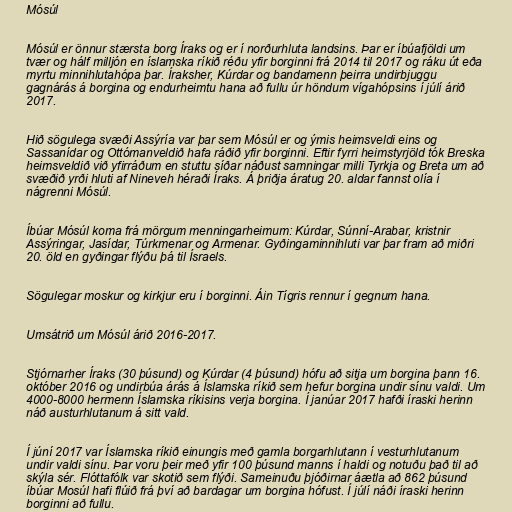
Mósúl

Mósúl er önnur stærsta borg Íraks og er í norðurhluta landsins. Þar er íbúafjöldi um
tvær og hálf milljón en íslamska ríkið réðu yfir borginni frá 2014 til 2017 og ráku út eða
myrtu minnihlutahópa þar. Íraksher, Kúrdar og bandamenn þeirra undirbjuggu
gagnárás á borgina og endurheimtu hana að fullu úr höndum vígahópsins í júlí árið
2017.

Hið sögulega svæði Assýría var þar sem Mósúl er og ýmis heimsveldi eins og
Sassanídar og Ottómanveldið hafa ráðið yfir borginni. Eftir fyrri heimstyrjöld tók Breska
heimsveldið við yfirráðum en stuttu síðar náðust samningar milli Tyrkja og Breta um að
svæðið yrði hluti af Nineveh héraði Íraks. Á þriðja áratug 20. aldar fannst olía í
nágrenni Mósúl.

Íbúar Mósúl koma frá mörgum menningarheimum: Kúrdar, Súnní-Arabar, kristnir
Assýringar, Jasídar, Túrkmenar og Armenar. Gyðingaminnihluti var þar fram að miðri
20. öld en gyðingar flýðu þá til Ísraels.

Sögulegar moskur og kirkjur eru í borginni. Áin Tígris rennur í gegnum hana.

Umsátrið um Mósúl árið 2016-2017.

Stjórnarher Íraks (30 þúsund) og Kúrdar (4 þúsund) hófu að sitja um borgina þann 16.
október 2016 og undirbúa árás á Íslamska ríkið sem hefur borgina undir sínu valdi. Um
4000-8000 hermenn Íslamska ríkisins verja borgina. Í janúar 2017 hafði íraski herinn
náð austurhlutanum á sitt vald.

Í júní 2017 var Íslamska ríkið einungis með gamla borgarhlutann í vesturhlutanum
undir valdi sínu. Þar voru þeir með yfir 100 þúsund manns í haldi og notuðu það til að
skýla sér. Flóttafólk var skotið sem flýði. Sameinuðu þjóðirnar áætla að 862 þúsund
íbúar Mosúl hafi flúið frá því að bardagar um borgina hófust. Í júlí náði íraski herinn
borginni að fullu.